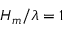
H _ { m } / \lambda = 1